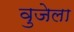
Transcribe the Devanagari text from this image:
वुजेला